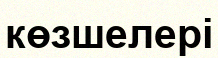
көзшелері